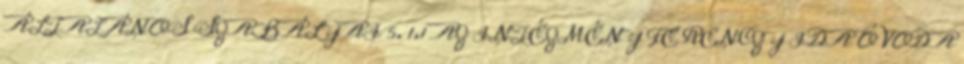
ÁLTALÁNOS SZABÁLYAI 5. 1.1 AZ INTÉZMÉNY FERENCZY IDA ÓVODA